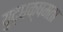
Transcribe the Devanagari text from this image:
युद्धक्षमता